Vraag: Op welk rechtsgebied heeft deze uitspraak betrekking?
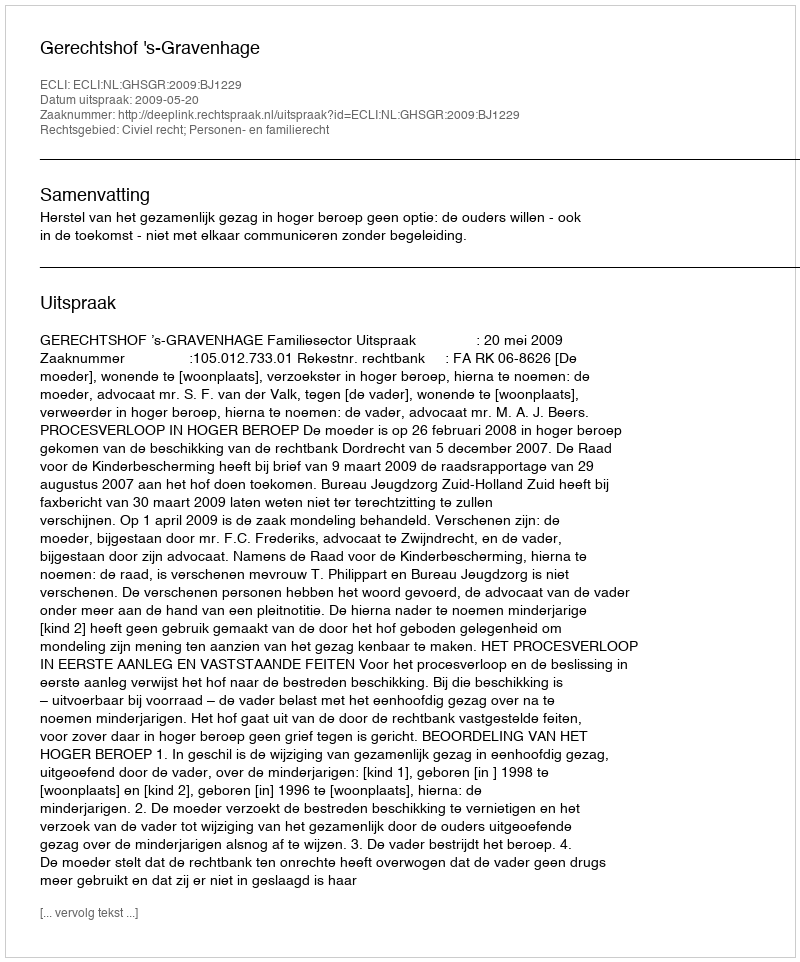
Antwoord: Civiel recht; Personen- en familierecht